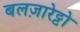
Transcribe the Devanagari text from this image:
बलज़ारेट्टो